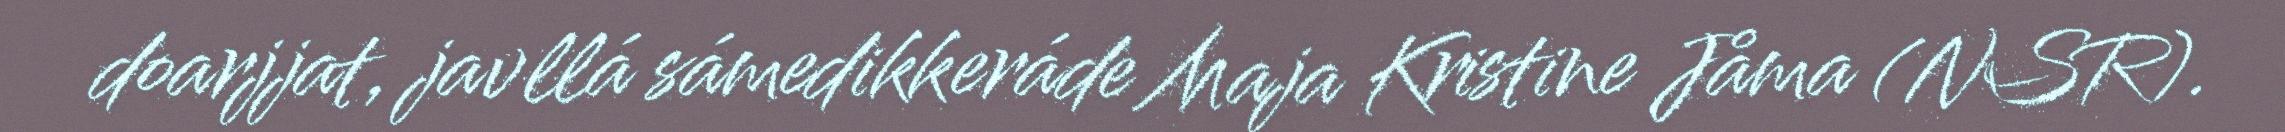
doarjjat, javllá sámedikkeráde Maja Kristine Jåma (NSR).